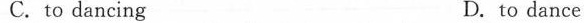
C.to dancing D.to dance